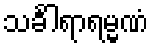
သင်္ခါရာရမ္မဏံ